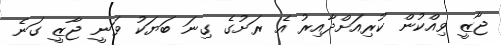
ޖާޒީ ވިއްކުން ކުރިއަށްދާއިރު އެ ރަށުގެ ގިނަ ބަޔަކު ވަނީ ޖާޒީ ގަނެ